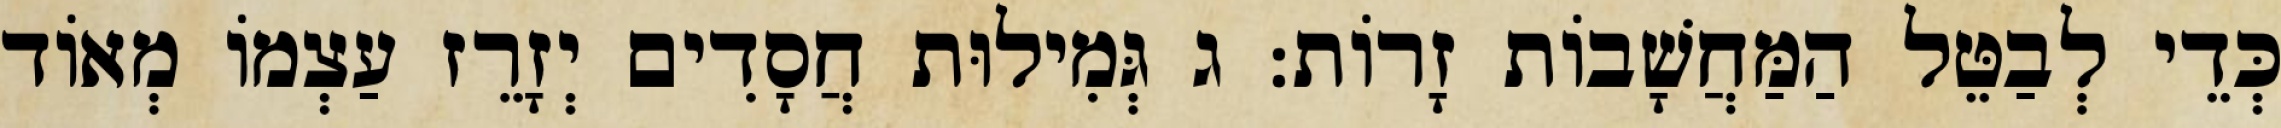
כְּדֵי לְבַטֵּל הַמַּחֲשָׁבוֹת זָרוֹת: ג גְּמִילוּת חֲסָדִים יְזָרֵז עַצְמוֹ מְאוֹד